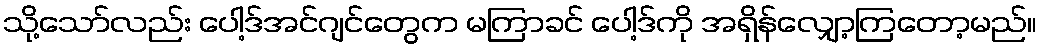
သို့သော်လည်း ပေါ့ဒ်အင်ဂျင်တွေက မကြာခင် ပေါ့ဒ်ကို အရှိန်လျှော့ကြတော့မည်။